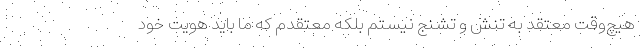
هيچ‌وقت معتقد به تنش و تشنج نيستم بلكه معتقدم كه ما بايد هويت خود